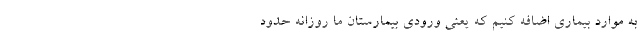
به موارد بیماری اضافه کنیم که یعنی ورودی بیمارستان ما روزانه حدود